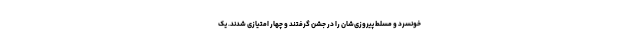
خونسرد و مسلط پیروزی‌شان را در جشن گرفتند و چهار امتیازی شدند. یک